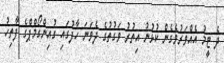
ދެ ޓީމު އެއްވަރުވެގެން ކުޅުނު އިތުރު ވަގުތުގެ ދެވަނަ ހާފުގައި ގުއިންގޯމްޕްގެ ފާތިހު